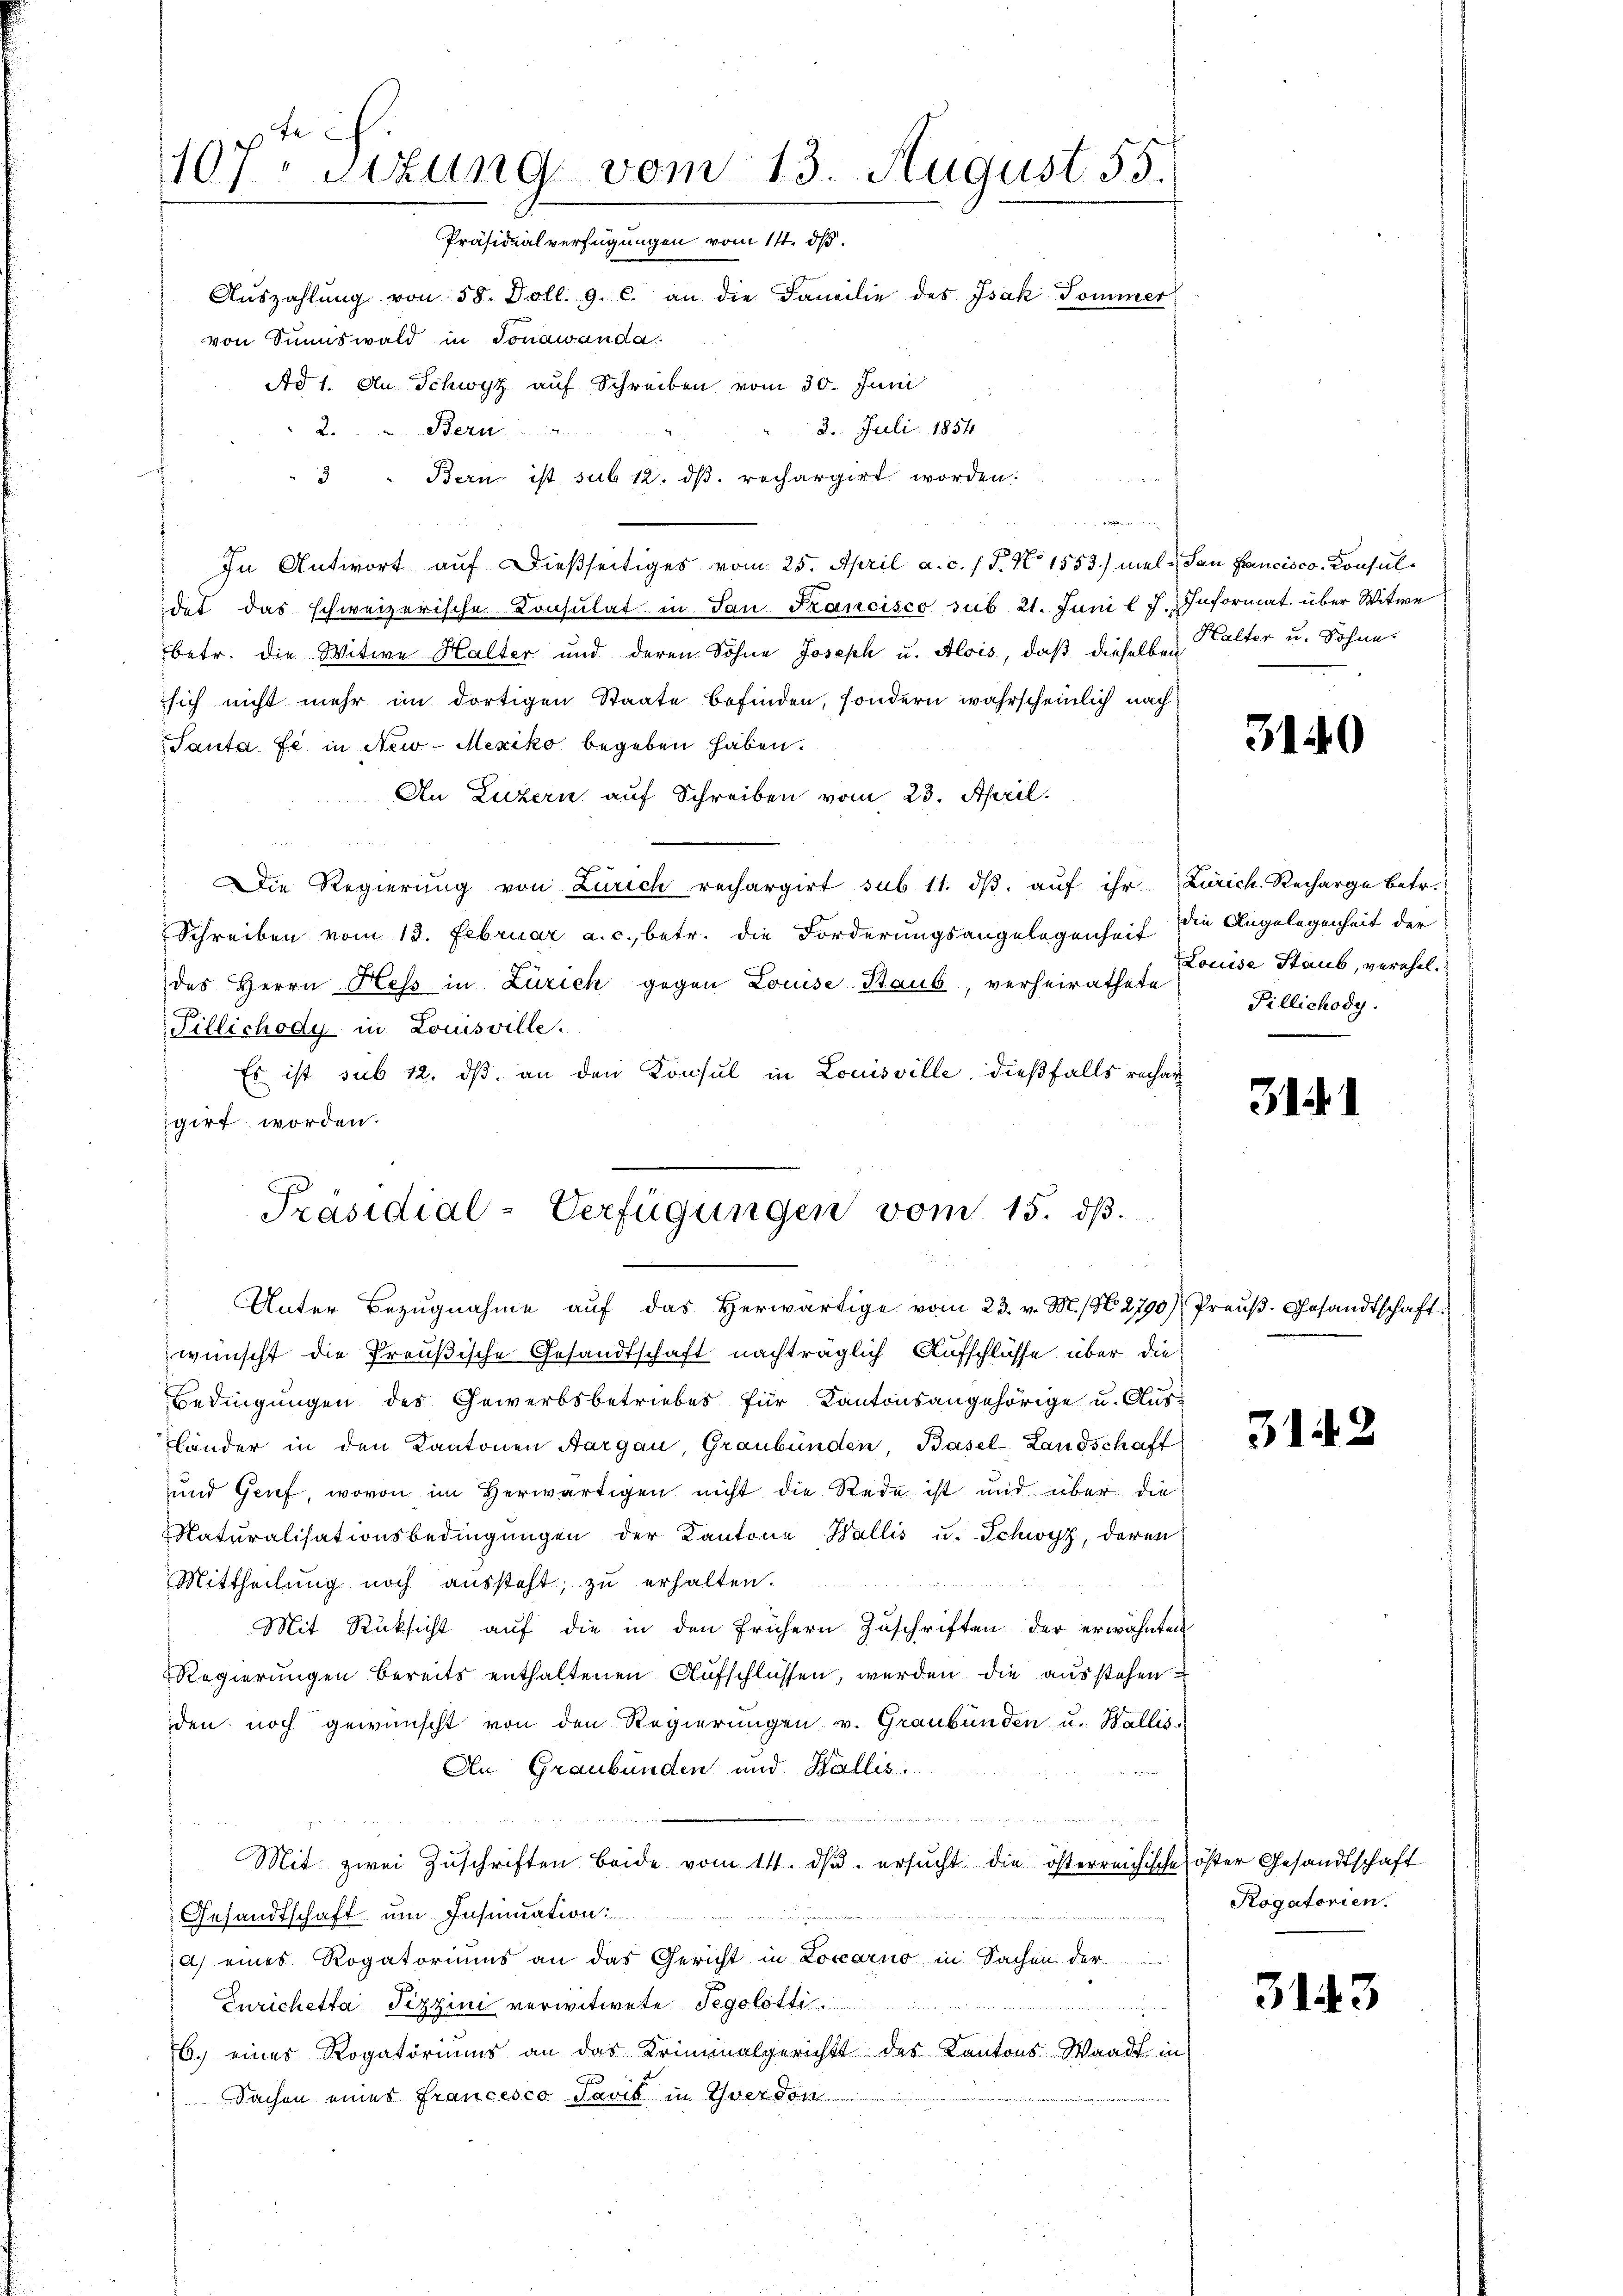
107. Sitzung vom 13. August 55.
Präsidialverfügungen vom 14. dß.
Aŭszahlŭng von 58. Doll. 9. c. an die Familie des Isak Sommer
von Sunswald in Jonawanda
Ad 1. An Schwyz auf Schreiben vom 30. Juni

2. Juli 1854
2. Bern
Bern ist sub 12. ds. rechargirt worden.
3
h
In Antwort auf dießseitiges vom 25. April a. c. / P. No 1553.) mal- San Francisco Consulidet das schweizerische Consulat in Jan. Francisco sub 21. Juni l. J. Informat über Witwe
betr. die Witwe Halter und deren Sohne Joseph u. Alois, daß dieselben
sich nicht mehr im dortigen Staate befinden, sondern wahrscheinlich nach
Santa se in New-Mexiko begeben haben.
An Luzern auf Schreiben vom 23. April.
f
Die Regierung von Zürich rechargirt sub 11. dβ aŭf ihr Zürich. Recharge betr.
Schreiben vom 13. Februar a. c., betr. die Forderungsangelegenheit die Angelegenheit der
des Herrn Hess in Zürich gegen Louise Staub, verheirathete
mrene
Tillichody in Louisville.
Es ist sub 12. dβ an den Konsul in Louisville, dießfalls rechar
igirt worden.
Unter Bezugnahme auf das herwärtige vom 23. v. M. 196. 2790)
wünscht die Preußische Gesandtschaft nachträglich Aufschlüsse über die
Bedingungen des Gewerbsbetriebes für Kantonsangehörige u. Kuss
länder in den Kantonen Aargau, Graubünden, Basel-Landschaft
und Genf, wovon im Herwärtigen nicht die Rede ist und über die
Naturalisationsbedingŭngen der Kantone Wallis u. Schwyz, deren
Mittheilŭng noch aŭssteht, zŭ erhalten.
Mit Rücksicht auf die in den frühern Zuschriften der erwähnten
Regierungen bereits enthaltenen Aufschlüssen, werden die ausstehen
den noch gewünscht von den Regierungen v. Graubünden u. Wallis
An Graubünden und Wallis
Mit zwei Zuschriften beide vom 14. ds. ersucht die österreichische
Gesandtschaft um Insinuation
a) eines Rogatoriums an das Gericht in Locarno in Sachen der
Enrichetta Pizzini verwitwete Tegolötti
Betreten werde
b. eines Rogatoriums an das Kriminalgerichts des Kantons Waadt in
Sachen eines Francesco Pavis in werden

Präsidial-Verfügungen vom 15. dß.

Halter u. Sohne

3140

Louise Staub, verehel.
Fillichody.

3141

Preuß. Gesandtschaft.

3142

öster Gesandtschaft
Rogatorien.

3143